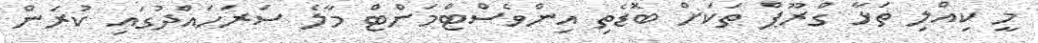
މީ ކިއްލި ތަޅާ ގްރޫޕް ތަކަށް ބޮޑެތި އިންވެސްޓްމަންޓް މާލެ ސަރަހައްދުގައި ކުރަން